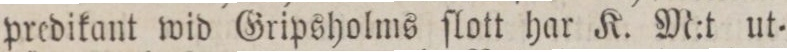
predikant wid Gripsholms ſlott har K. M:t ut=